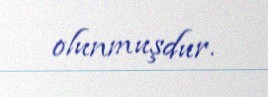
olunmuşdur.